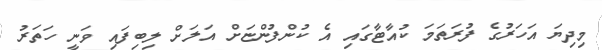
މިދިޔަ އަހަރުގެ ފުރަތަމަ ކުއާޓާގައި އެ ކުންފުންޏަށް އަލަށް ލިބިފައި ވަނީ ހަތަރު